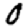
Digit: 0